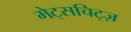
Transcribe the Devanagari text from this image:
मेट्सचिट्ज़